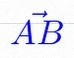
\vec{AB}